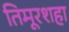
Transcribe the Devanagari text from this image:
तिमूरशहा